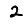
Digit: 2